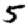
Digit: 5